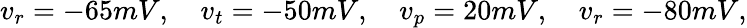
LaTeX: v_{r}=-65mV,\quad v_{t}=-50mV,\quad v_{p}=20mV,\quad v_{r}=-80mV,